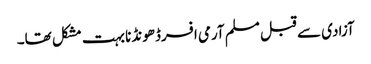
آزادی سے قبل مسلم آرمی افسرڈھونڈنا بہت مشکل تھا۔